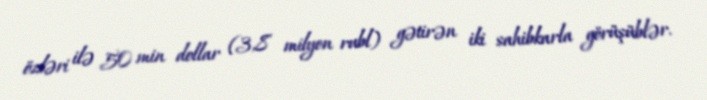
özləri ilə 50 min dollar (3,8 milyon rubl) gətirən iki sahibkarla görüşüblər.